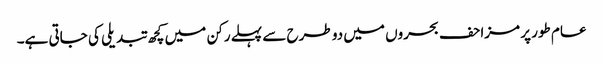
عام طور پر مزاحف بحروں میں دو طرح سے پہلے رکن میں کچھ تبدیلی کی جاتی ہے۔